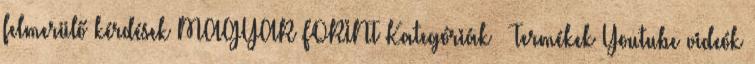
felmerülő kérdések MAGYAR FORINT Kategóriák Termékek Youtube videók